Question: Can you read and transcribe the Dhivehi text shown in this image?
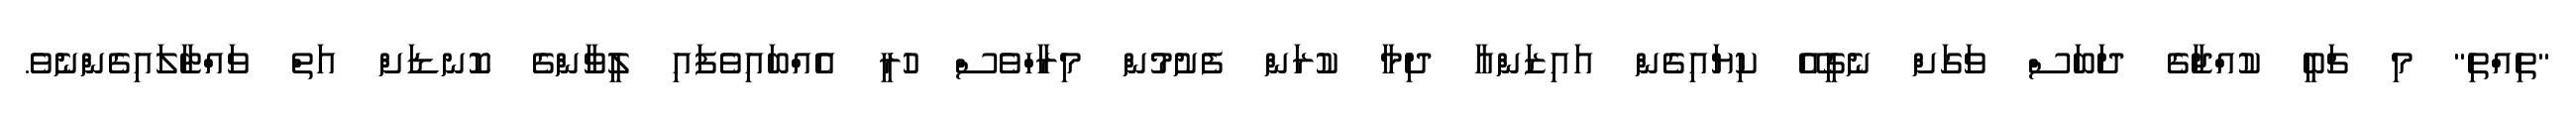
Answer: "ތިއްތި" މި ޗަބީ ކުއްޖާގެ ދަބަސް ވަގަށް ނެގީއޭ ކިޔައިގެން އައިޒަންއާ ދިމާ ކުރަން ފެށުމުން މިރާހްވެސް ހުރީ އެއްބައިވެފައި ލީވާންގެ ކޮނޑަށް އަތް ވައްޓާލައިގެންނެވެ.